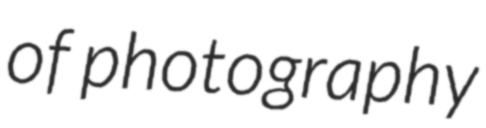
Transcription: of photography